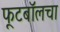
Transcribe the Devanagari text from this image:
फूटबॉलचा